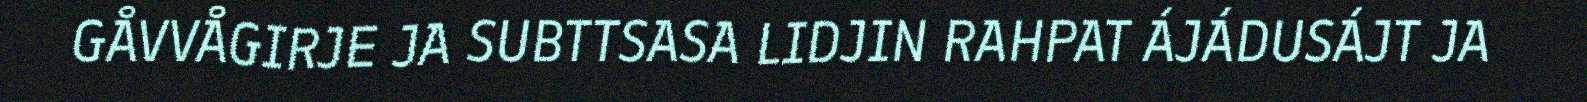
GÅVVÅGIRJE JA SUBTTSASA LIDJIN RAHPAT ÁJÁDUSÁJT JA